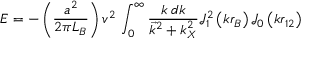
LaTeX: E = - \left( { \frac { a ^ { 2 } } { 2 \pi L _ { B } } } \right) v ^ { 2 } \, \int _ { 0 } ^ { \infty } { \frac { k \; d k } { { \vec { k } } ^ { 2 } + k _ { X } ^ { 2 } } } { \mathcal { J } } _ { 1 } ^ { 2 } \left( k r _ { B } \right) { \mathcal { J } } _ { 0 } \left( k r _ { 1 2 } \right)